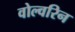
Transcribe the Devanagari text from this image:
वोल्वरिन